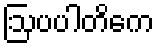
ဩပပါတိကေ